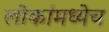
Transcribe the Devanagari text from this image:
लोकांमध्येच